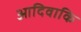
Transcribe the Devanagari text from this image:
आदिवाकि